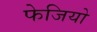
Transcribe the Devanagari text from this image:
फेजियो